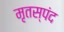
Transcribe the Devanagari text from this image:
मृतस्पंद